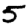
Digit: 5